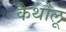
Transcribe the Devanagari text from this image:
कैथोलू